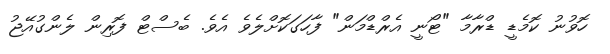
ހޮވުނު ކޮމެޑީ ޑްރާމާ "ޓޯނީ އެރްޑްމަން" ފާހަގަކޮށްލެވެ އެވެ. ބެސްޓް ފޮރިން ލެންގުއޭޖު